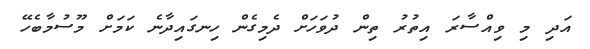
އަދި މި ވިއްސާރަ އިތުރު ތިން ދުވަހަށް ދެމިގެން ހިނގައިދާނެ ކަމަށް މޫސުމާބެހޭ